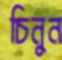
চিনুন